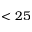
< 2 5